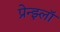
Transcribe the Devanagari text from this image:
प्रेन्झ्लॉ